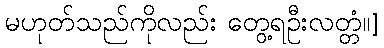
မဟုတ်သည်ကိုလည်း တွေ့ရဦးလတ္တံ။]